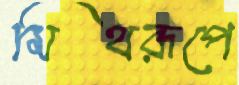
মিথরূপে